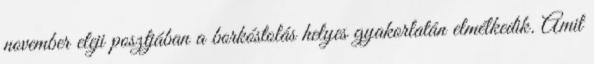
november eleji posztjában a borkóstolás helyes gyakorlatán elmélkedik. Amit